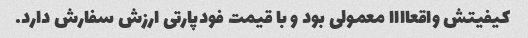
کیفیتش واقعاااا معمولی بود و با قیمت فودپارتی ارزش سفارش دارد.